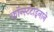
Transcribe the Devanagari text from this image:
कॉन्स्टंटाइनाने